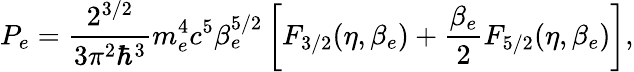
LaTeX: P_{e}=\frac{2^{3/2}}{3\pi^{2}\hbar^{3}}m_{e}^{4}c^{5}\beta_{e}^{5/2}\left[F_{3/2}(\eta,\beta_{e})+\frac{\beta_{e}}{2}F_{5/2}(\eta,\beta_{e})\right],